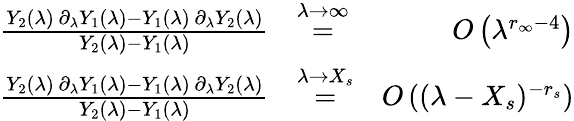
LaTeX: \begin{array}{rlr}{\frac{Y_{2}(\lambda)\, \partial_{\lambda}Y_{1}(\lambda)-Y_{1}(\lambda)\, \partial_{\lambda}Y_{2}(\lambda)}{Y_{2}(\lambda)-Y_{1}(\lambda)}}&{\overset{\lambda\to\infty}{=}}&{O\left(\lambda^{r_{\infty}-4}\right)}\\ {\frac{Y_{2}(\lambda)\, \partial_{\lambda}Y_{1}(\lambda)-Y_{1}(\lambda)\, \partial_{\lambda}Y_{2}(\lambda)}{Y_{2}(\lambda)-Y_{1}(\lambda)}}&{\overset{\lambda\to X_{s}}{=}}&{O\left((\lambda-X_{s})^{-r_{s}}\right)}\end{array}